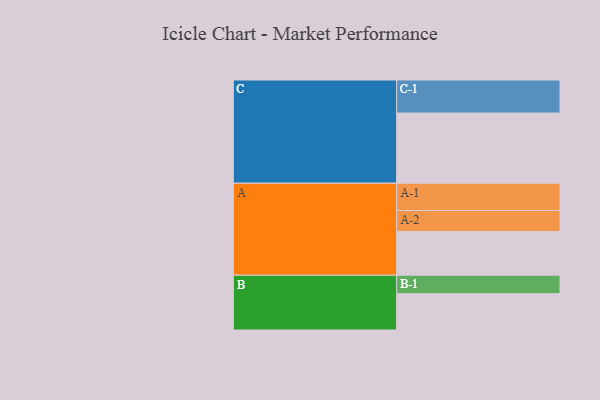
{"axis": {"x": "Segment", "y": "Value"}, "legend": ["", "A", "B", "C"], "data": [{"x": "A", "y": 374, "type": ""}, {"x": "B", "y": 310, "type": ""}, {"x": "C", "y": 598, "type": ""}, {"x": "A-1", "y": 233, "type": "A"}, {"x": "A-2", "y": 178, "type": "A"}, {"x": "B-1", "y": 157, "type": "B"}, {"x": "C-1", "y": 282, "type": "C"}]}